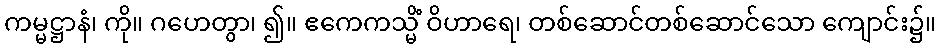
ကမ္မဋ္ဌာနံ၊ ကို။ ဂဟေတွာ၊ ၍။ ဧကေကသ္မိံ ဝိဟာရေ၊ တစ်ဆောင်တစ်ဆောင်သော ကျောင်း၌။